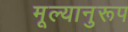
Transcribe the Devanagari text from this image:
मूल्यानुरूप